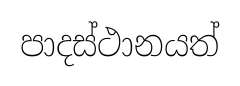
පාදස්ථානයත්